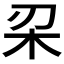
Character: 𣏉